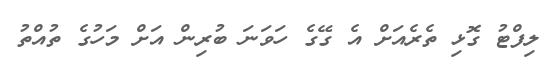
ލިފްޓު ގޮޅި ތެރެއަށް އެ ގޭގެ ހަވަނަ ބުރިން އަށް މަހުގެ ތުއްތު